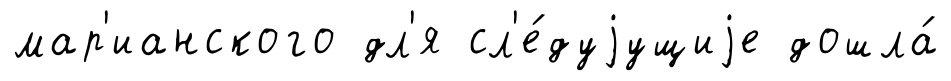
мар'ианского дл'я сл'е́дуjущиjе дошла́